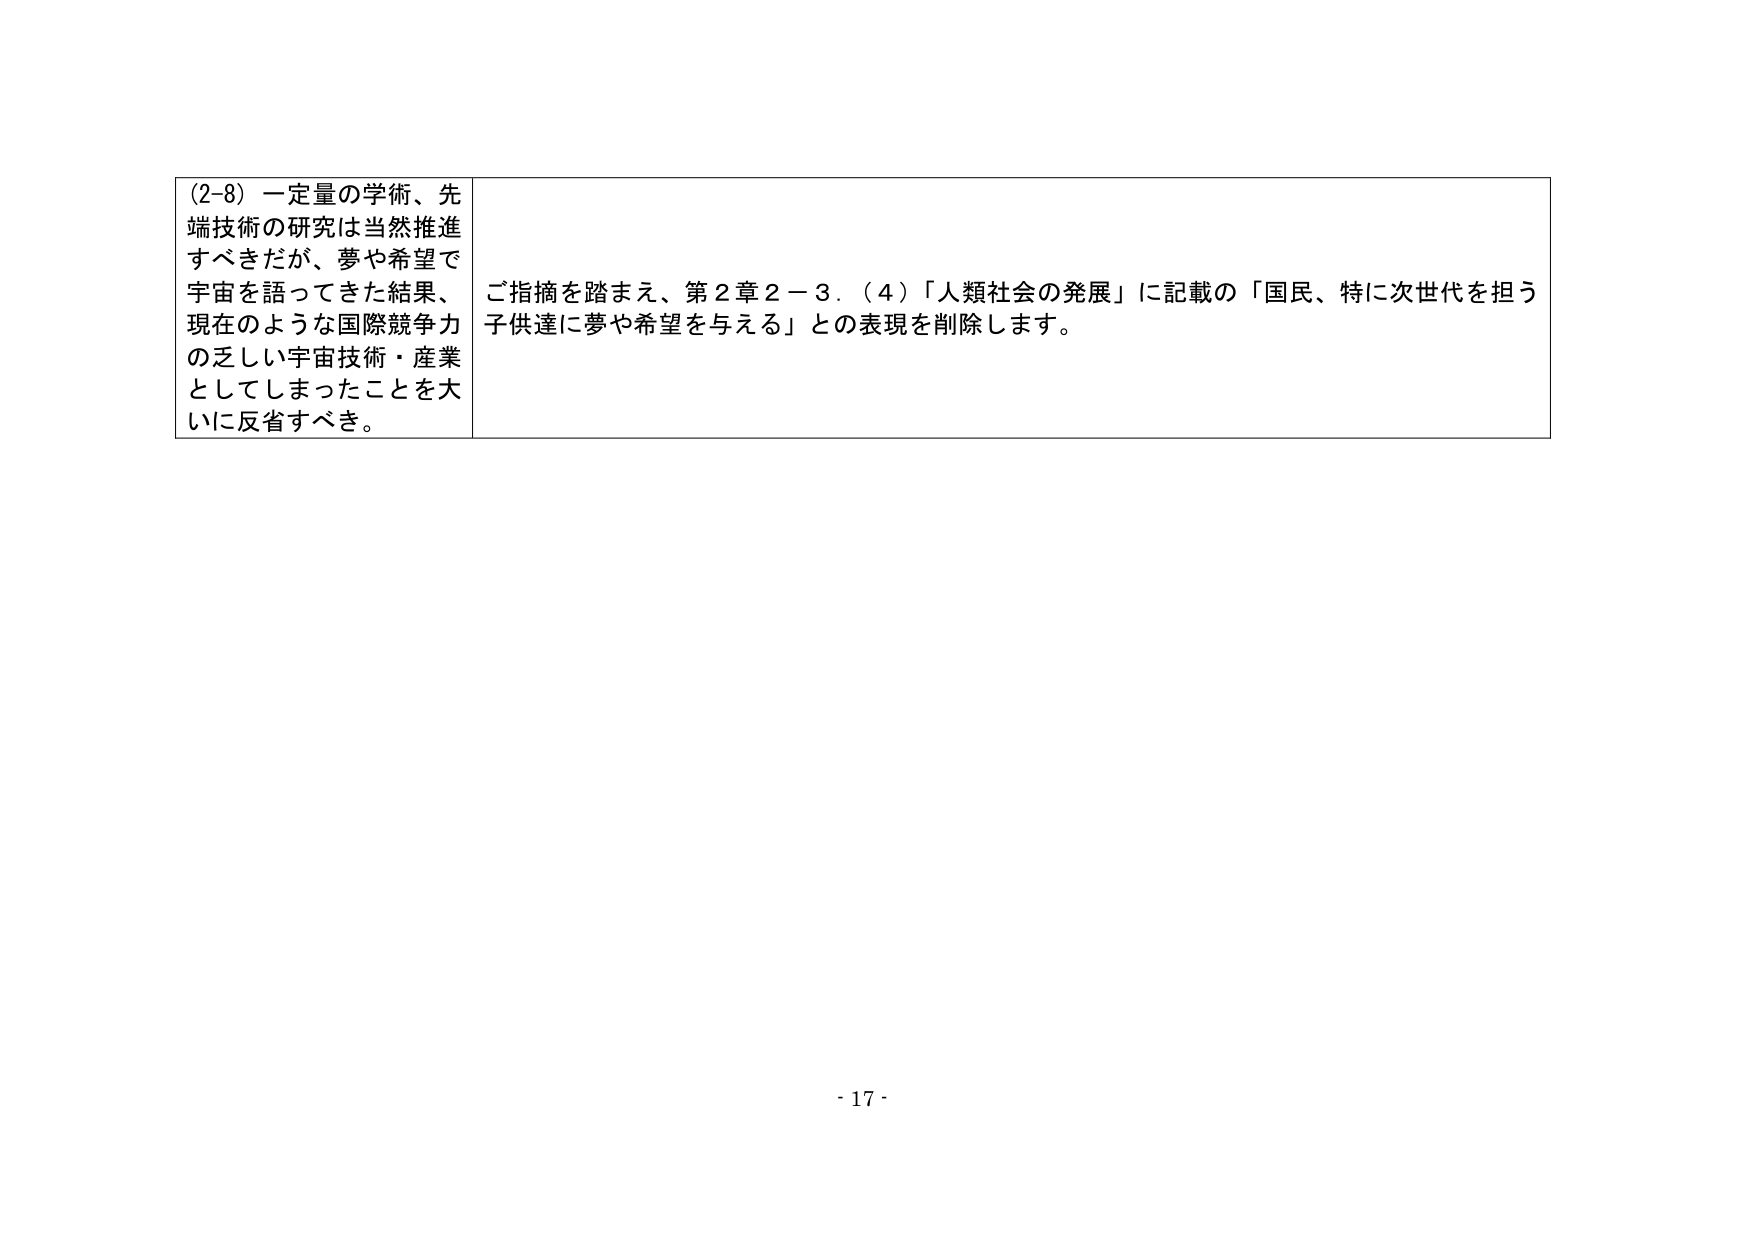
(2-8) 一定量の学術、先端技術の研究は当然推進すべきだが、夢や希望で宇宙を語ってきた結果、現在のような国際競争力の乏しい宇宙技術・産業としてしまったことを大いに反省すべき。

ご指摘を踏まえ、第2章2－3．(4)「人類社会の発展」に記載の「国民、特に次世代を担う子供達に夢や希望を与える」との表現を削除します。

- 17 -